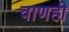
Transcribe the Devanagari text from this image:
वाणही